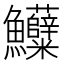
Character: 𱇌